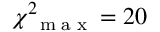
\chi _ { \mathrm { ~ \tiny ~ m ~ a ~ x ~ } } ^ { 2 } = 2 0